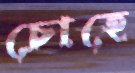
চোহে